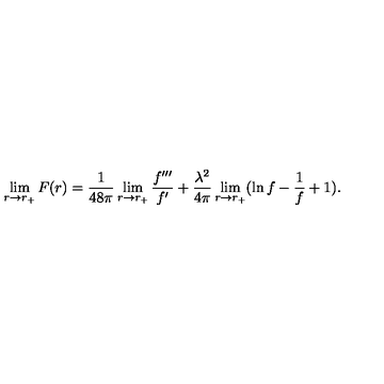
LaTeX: \lim _ { r \to r _ { + } } F ( r ) = { \frac { 1 } { 4 8 \pi } } \lim _ { r \to r _ { + } } { \frac { f ^ { \prime \prime \prime } } { f ^ { \prime } } } + { \frac { \lambda ^ { 2 } } { 4 \pi } } \lim _ { r \to r _ { + } } ( \ln f - { \frac { 1 } { f } } + 1 ) .